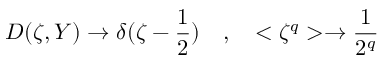
D ( \zeta , Y ) \to \delta ( \zeta - \frac { 1 } { 2 } ) \quad , \quad < \zeta ^ { q } > \to \frac { 1 } { 2 ^ { q } }